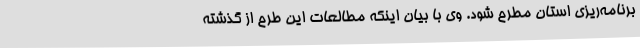
برنامه‌ریزی استان مطرح شود. وی با بیان اینکه مطالعات این طرح از گذشته